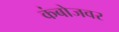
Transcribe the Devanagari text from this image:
कंबोजवर